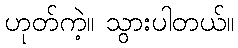
ဟုတ်ကဲ့။ သွားပါတယ်။